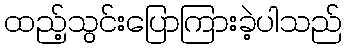
ထည့်သွင်းပြောကြားခဲ့ပါသည်